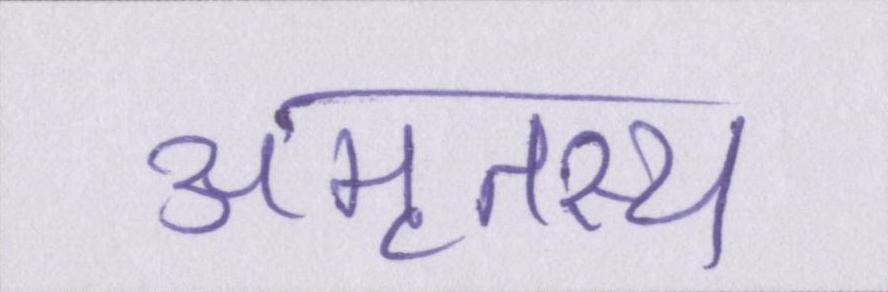
अमृतस्य